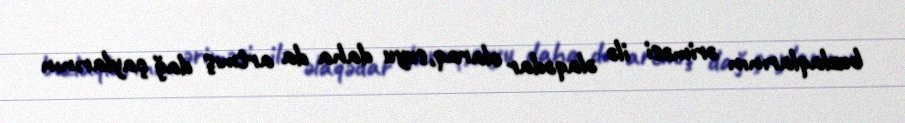
buzlaqlarının əriməsi ilə əlaqədar olaraq,suyu daha da artmış dağ çaylarının